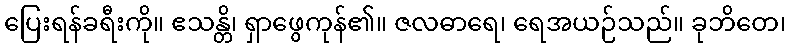
ပြေးရန်ခရီးကို။ ဧသန္တိ၊ ရှာဖွေကုန်၏။ ဇလဓာရေ၊ ရေအယဉ်သည်။ ခုဘိတေ၊